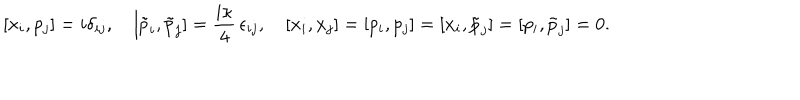
LaTeX: [ x _ { i } , p _ { j } ] = i \delta _ { i j } , \quad [ \tilde { p } _ { i } , \tilde { p } _ { j } ] = \frac { i \kappa } { 4 } \, \epsilon _ { i j } , \quad [ x _ { i } , x _ { j } ] = [ p _ { i } , p _ { j } ] = [ x _ { i } , \tilde { p } _ { j } ] = [ p _ { i } , \tilde { p } _ { j } ] = 0 .